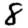
Digit: 8